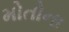
મોતોના